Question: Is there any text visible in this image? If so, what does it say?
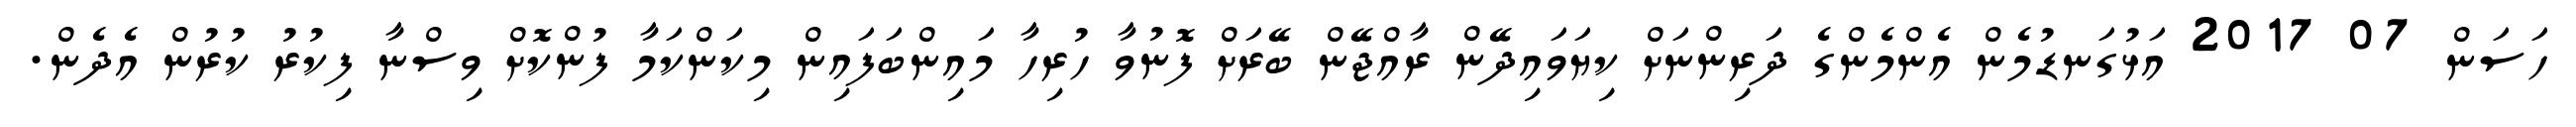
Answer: ހަސަން 07 2017 އަޅުގަނޑުމެން އެންމެންގެ ދަރިންނަށް ކިޔަވައިދޭން ރާއްޖޭން ބޭރަށް ފޮނުވާ ހުރިހާ މައިންބަފައިން މިކަންކަމާ ފުންކޮށް ވިސްނާ ފިކުރު ކުރުން އެދެން.